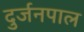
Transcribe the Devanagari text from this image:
दुर्जनपाल